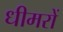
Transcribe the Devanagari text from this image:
धीमरों